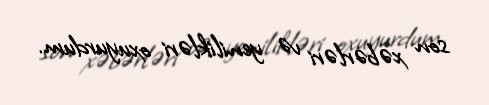
son xəbərləri və yenilikləri oxuyurdum.